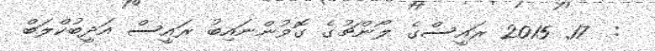
:  17